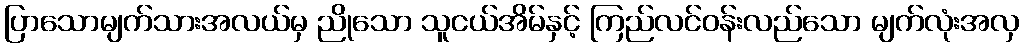
ပြာသောမျက်သားအလယ်မှ ညိုသော သူငယ်အိမ်နှင့် ကြည်လင်ဝန်းလည်သော မျက်လုံးအလှ